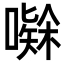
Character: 𭋅